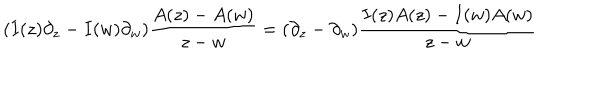
( I ( z ) \partial _ { z } - I ( w ) \partial _ { w } ) \frac { A ( z ) - A ( w ) } { z - w } = ( \partial _ { z } - \partial _ { w } ) \frac { I ( z ) A ( z ) - I ( w ) A ( w ) } { z - w }